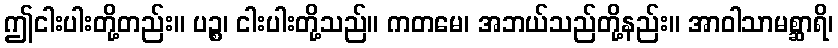
ဤငါးပါးတို့တည်း။ ပဉ္စ၊ ငါးပါးတို့သည်။ ကတမေ၊ အဘယ်သည်တို့နည်း။ အာဝါသာမစ္ဆာရိ၊